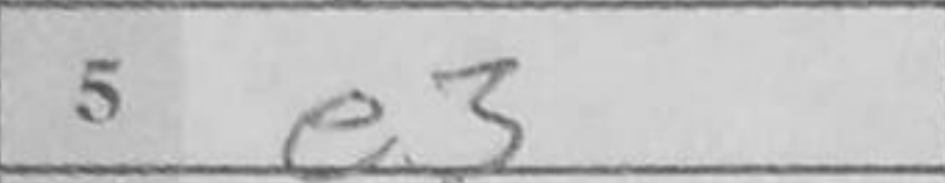
Transcription: e3